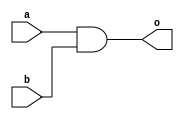
`timescale 1ns / 1ps

module my_and(
    input  a,
    input  b,
    output o
    );
    
    assign o = (a & b);

endmodule